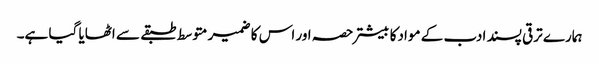
ہمارے ترقی پسند ادب کے موادکا بیشتر حصہ اور اس کا ضمیر متوسط طبقے سے اٹھایا گیا ہے۔